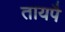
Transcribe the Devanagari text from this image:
तायपै